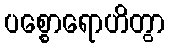
ပစ္စောရောဟိတွာ